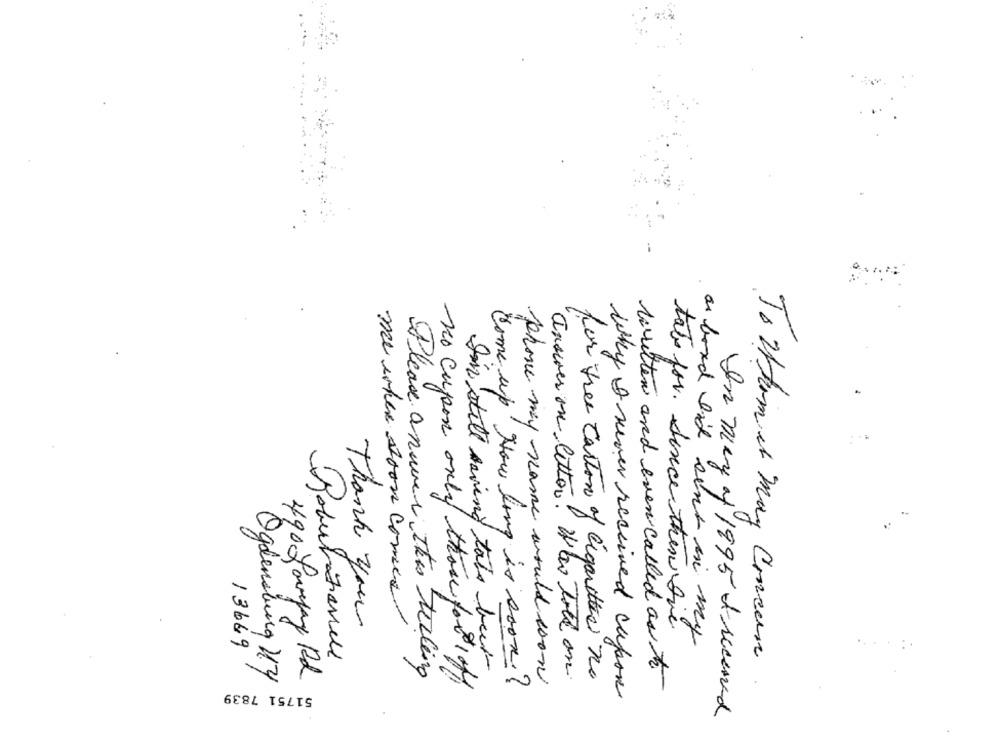
Thank you
me when soon comer
tato for. Since then Die
ar bond Ind sent in my
13669
To whom it May Concern
Ogdensburg 24
490 Laveyany Rd
Please anuver Ihm telling
in still saving tats beer
answer on letter! Who toll on.
no Cupon only those for 1of
phone may scanne would work
for free carton of Cigarettes no
written and even called as to
51751 7839
Come up How long is soon?
why I never received capon
In may of 1995 & received